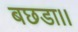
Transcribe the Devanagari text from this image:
बछडा।।